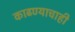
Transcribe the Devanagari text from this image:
काढण्याचाही